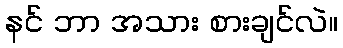
နင် ဘာ အသား စားချင်လဲ။